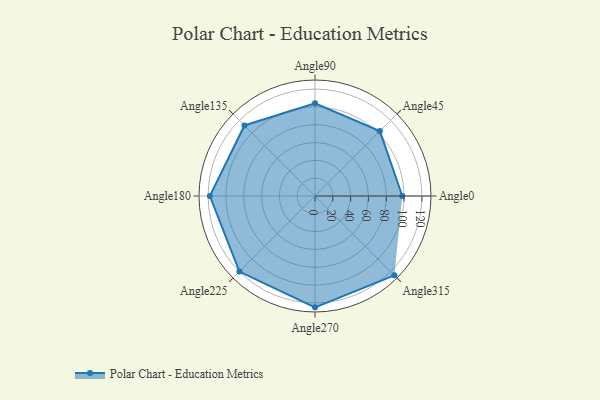
{"axis": {"x": "Angle", "y": "Radius"}, "legend": [""], "data": [{"x": "Angle0", "y": 98.0, "type": ""}, {"x": "Angle45", "y": 103.0, "type": ""}, {"x": "Angle90", "y": 104.0, "type": ""}, {"x": "Angle135", "y": 112.0, "type": ""}, {"x": "Angle180", "y": 118.0, "type": ""}, {"x": "Angle225", "y": 120.0, "type": ""}, {"x": "Angle270", "y": 125.0, "type": ""}, {"x": "Angle315", "y": 126.0, "type": ""}]}